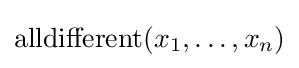
\mathop {\rm {alldifferent}} (x_{1},\ldots ,x_{n})